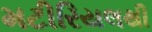
મટીરિયલથી